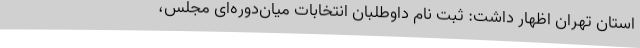
استان تهران اظهار داشت: ثبت نام داوطلبان انتخابات میان‌دوره‌ای مجلس،